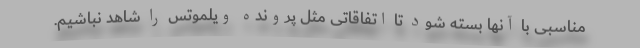
مناسبی با آنها بسته شود تا اتفاقاتی مثل پرونده ویلموتس را شاهد نباشیم.